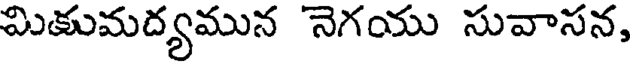
మికుమద్యమున నెగయు సువాసన,